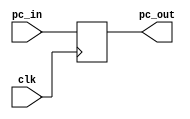
`timescale 1ns / 1ps
//////////////////////////////////////////////////////////////////////////////////
// Company: 		 CSUChico
// 
// Design Name: 
// Module Name:    pc 
// Project Name: 
// Target Devices: 
// Tool versions: 
// Description: 
//
// Dependencies: 
//
// Revision: 
// Revision 0.01 - File Created
// Additional Comments: 
//
//////////////////////////////////////////////////////////////////////////////////
module pc(
    input [31:0] pc_in,
    input clk,
    output reg [31:0] pc_out
    );
	 
	always @(posedge clk) begin	// just a register
		pc_out <= pc_in;
	end

endmodule